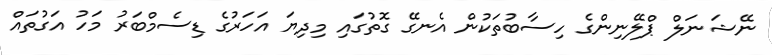
ނޭޝަނަލް ޕްލޭނިންގެ ހިސާބުތަކުން އެނގޭ ގޮތުގައި މިދިޔަ އަހަރުގެ ޑިސެމްބަރު މަހު އަގުތައް